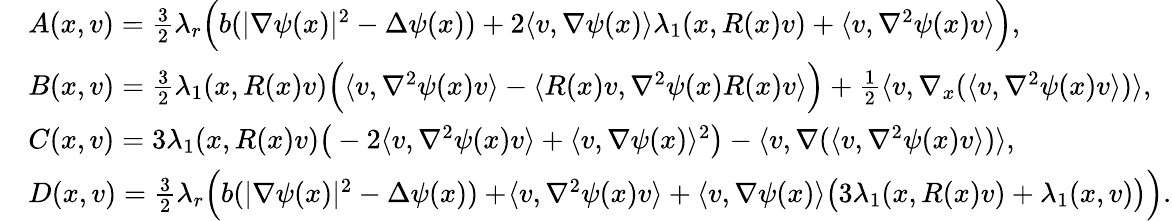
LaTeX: \begin{array}{rl}&{A(x,v)=\frac{3}{2}\lambda_{r}\Big(b(\lvert\nabla\psi(x)\rvert^{2}-\Delta\psi(x))+2\langle v,\nabla\psi(x)\rangle\lambda_{1}(x,R(x)v)+\langle v,\nabla^{2}\psi(x)v\rangle\Big),}\\ &{B(x,v)=\frac{3}{2}\lambda_{1}(x,R(x)v)\Big(\langle v,\nabla^{2}\psi(x)v\rangle-\langle R(x)v,\nabla^{2}\psi(x)R(x)v\rangle\Big)+\frac{1}{2}\langle v,\nabla_{x}(\langle v,\nabla^{2}\psi(x)v\rangle)\rangle,}\\ &{C(x,v)=3\lambda_{1}(x,R(x)v)\big(-2\langle v,\nabla^{2}\psi(x)v\rangle+\langle v,\nabla\psi(x)\rangle^{2}\big)-\langle v,\nabla(\langle v,\nabla^{2}\psi(x)v\rangle)\rangle,}\\ &{D(x,v)=\frac{3}{2}\lambda_{r}\Big(b(\lvert\nabla\psi(x)\rvert^{2}-\Delta\psi(x))+\! \langle v,\nabla^{2}\psi(x)v\rangle+\langle v,\nabla\psi(x)\rangle\big(3\lambda_{1}(x,R(x)v)+\lambda_{1}(x,v)\big)\Big).}\end{array}